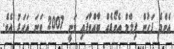
އެންމެ ފަހުން ފިލްމް އެވޯޑެއް ބާއްވާފައި ވަނީ 2007 ވަނަ އަހަރު އެވެ.